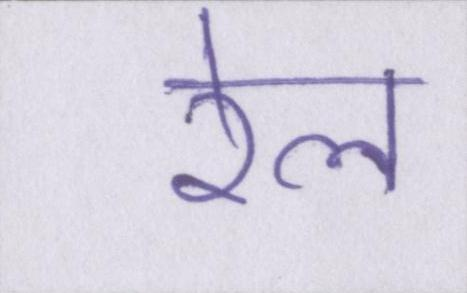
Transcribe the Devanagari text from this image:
रेल